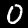
Label: 0